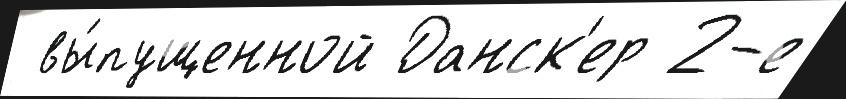
 вы́пущенной Данск'ер 2-е